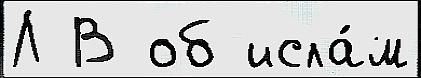
Л В об исла́м